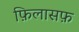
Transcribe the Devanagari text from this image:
फ़िलासफ़